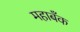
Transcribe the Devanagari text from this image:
महाबँक